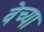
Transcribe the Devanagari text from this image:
वेच्या